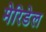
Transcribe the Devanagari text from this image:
मेरिडेल